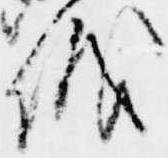
儀